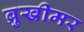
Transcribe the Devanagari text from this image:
ब्रुखीमर